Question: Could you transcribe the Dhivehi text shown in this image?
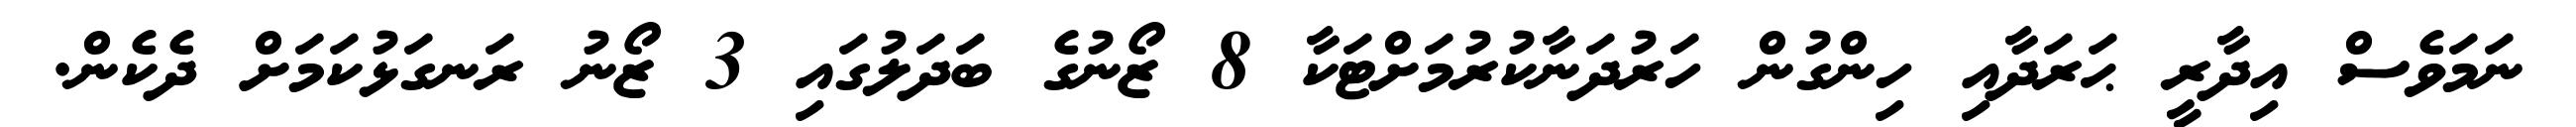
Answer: ނަމަވެސް އިދާރީ ޙަރަދާއި ހިންގުން ހަރުދަނާކުރުމަށްޓަކާ 8 ޒޯނުގެ ބަދަލުގައި 3 ޒޯނު ރަނގަޅުކަމަށް ދެކެން.